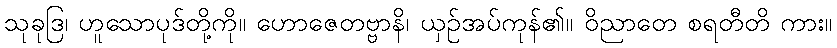
သုခုဒြ၊ ဟူသောပုဒ်တို့ကို။ ဟောဇေတဗ္ဗာနိ၊ ယှဉ်အပ်ကုန်၏။ ဝိညာတေ စရတီတိ ကား။